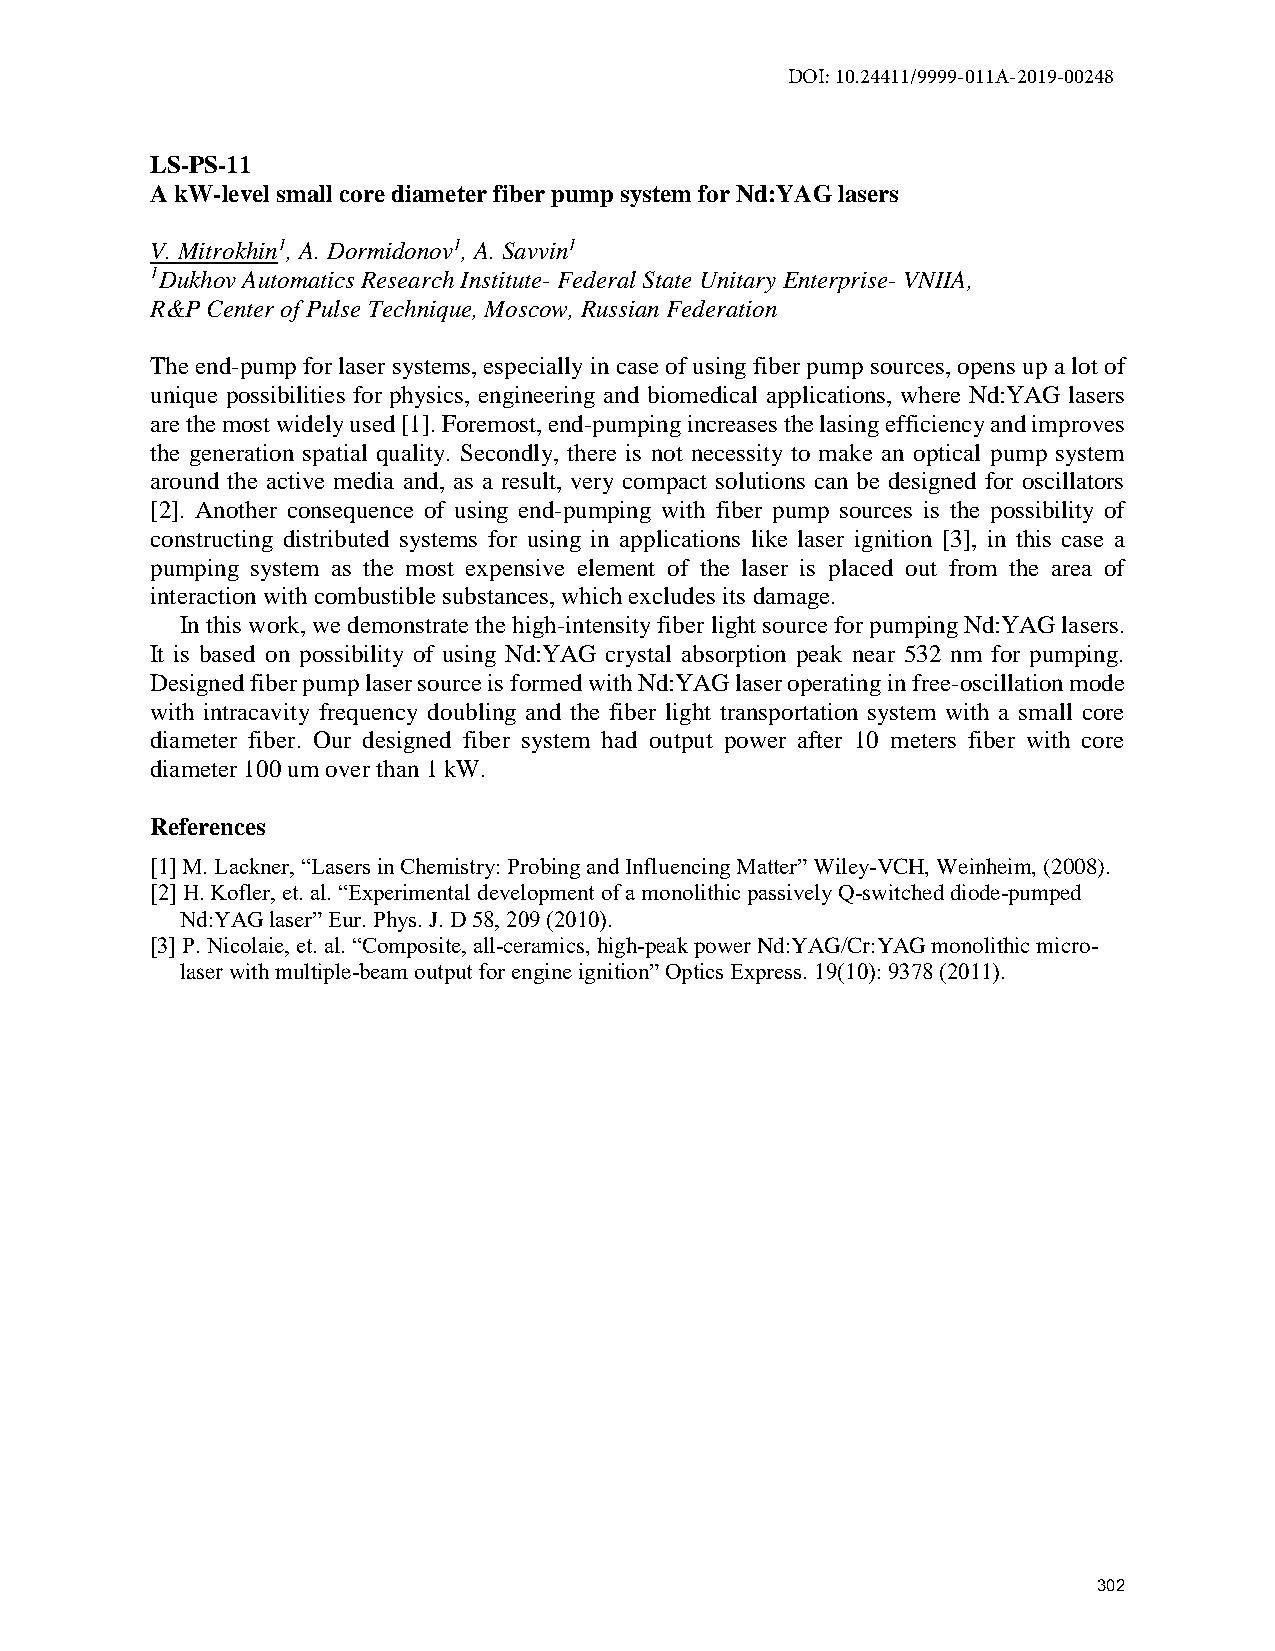
DOI: 10.24411/9999-011A-2019-00248
 LS-PS-11
 A kW-level small core diameter fiber pump system for Nd:YAG lasers
 V. Mitrokhin1, A. Dormidonov1, A. Savvin1
 1Dukhov Automatics Research Institute- Federal State Unitary Enterprise- VNIIA,
 R&P Center of Pulse Technique, Moscow, Russian Federation
 The end-pump for laser systems, especially in case of using fiber pump sources, opens up a lot of
 unique possibilities for physics, engineering and biomedical applications, where Nd:YAG lasers
 are the most widely used [1]. Foremost, end-pumping increases the lasing efficiency and improves
 the generation spatial quality. Secondly, there is not necessity to make an optical pump system
 around the active media and, as a result, very compact solutions can be designed for oscillators
 [2]. Another consequence of using end-pumping with fiber pump sources is the possibility of
 constructing distributed systems for using in applications like laser ignition [3], in this case a
 pumping system as the most expensive element of the laser is placed out from the area of
 interaction with combustible substances, which excludes its damage.
 In this work, we demonstrate the high-intensity fiber light source for pumping Nd:YAG lasers.
 It is based on possibility of using Nd:YAG crystal absorption peak near 532 nm for pumping.
 Designed fiber pump laser source is formed with Nd:YAG laser operating in free-oscillation mode
 with intracavity frequency doubling and the fiber light transportation system with a small core
 diameter fiber. Our designed fiber system had output power after 10 meters fiber with core
 diameter 100 um over than 1 kW.
 References
 [1] M. Lackner, “Lasers in Chemistry: Probing and Influencing Matter” Wiley-VCH, Weinheim, (2008).
 [2] H. Kofler, et. al. “Experimental development of a monolithic passively Q-switched diode-pumped
 Nd:YAG laser” Eur. Phys. J. D 58, 209 (2010).
 [3] P. Nicolaie, et. al. “Composite, all-ceramics, high-peak power Nd:YAG/Cr:YAG monolithic micro-
 laser with multiple-beam output for engine ignition” Optics Express. 19(10): 9378 (2011).
 302